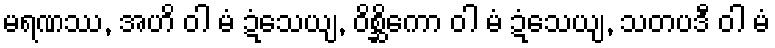
မရဏဿ, အဟိ ဝါ မံ ဍံသေယျ, ဝိစ္ဆိကော ဝါ မံ ဍံသေယျ, သတပဒီ ဝါ မံ